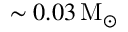
\sim 0 . 0 3 \, \mathrm { M _ { \odot } }